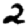
Digit: 2